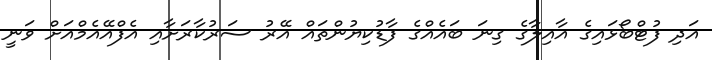
އަދި ފުޓްބޯޅައިގެ އާއިލާގެ ގިނަ ބައެއްގެ ފާޑުކިޔުންތައް އޭރު ސަރުކާރަށާއި އެފްއޭއެމްއަށް ވަނީ